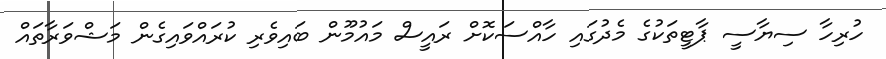
ހުރިހާ ސިޔާސީ ޕާޓީތަކުގެ މެދުގައި ހާއްސަކޮށް ރައީސް މައުމޫން ބައިވެރި ކުރައްވައިގެން މަޝްވަރާތައް